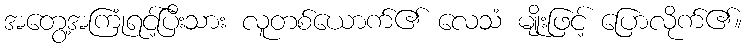
အတွေ့အကြုံရင့်ပြီးသား လူတစ်ယောက်၏ လေသံ မျိုးဖြင့် ပြောလိုက်၏။